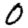
Digit: 0